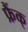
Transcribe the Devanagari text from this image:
फ्रैंक्